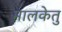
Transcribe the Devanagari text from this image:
मालकेतु